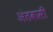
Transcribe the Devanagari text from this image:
अंतवासी